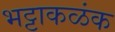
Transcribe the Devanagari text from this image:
भट्टाकळंक